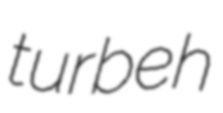
turbeh